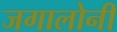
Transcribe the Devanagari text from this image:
जगालोनी